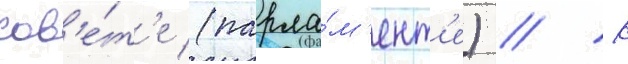
сов'е́т'е (парла́м'ент'е) // К